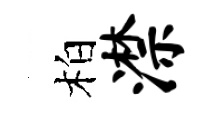
柏潸